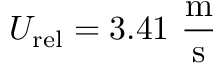
U _ { \mathrm { r e l } } = 3 . 4 1 ~ \mathrm { \frac { m } { s } }